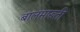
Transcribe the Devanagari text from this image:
बालमारुती